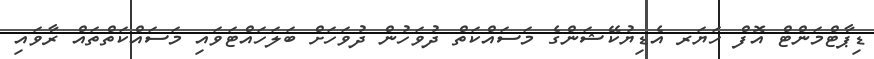
ޑިޕާޓްމަންޓް އޮފް ހަޔަރ އެޑިޔުކޭޝަންގެ މަސައްކަތް ދުވަހުން ދުވަހަށް ބަލަހައްޓަވައި މަސައްކަތްތައް ރާވައި